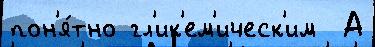
пон'я́тно гл'ик'ем'ическ'им  А